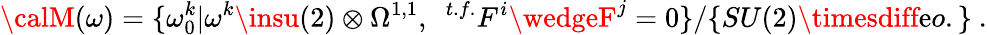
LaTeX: {\calM}(\omega)=\{ \omega_{0}^{k}\vert\omega^{k}\insu(2)\otimes\Omega^{1,1},~~{}^{t.f.}F^{i}\wedgeF^{j}=0\} /\{ SU(2)\timesdiff\mathrm{e}o.\} \ .